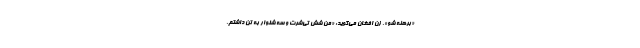
«برهنه شو». زن افغان می‌گوید: «من شش تی‌شرت و سه شلوار به تن داشتم.